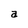
Character: a